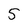
Character: 5